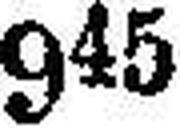
945